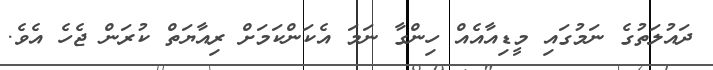
ދައުލަތުގެ ނަމުގައި މީޑިއާއެއް ހިންގާ ނަމަ އެކަންކަމަށް ރިއާޔަތް ކުރަން ޖެހެ އެވެ.